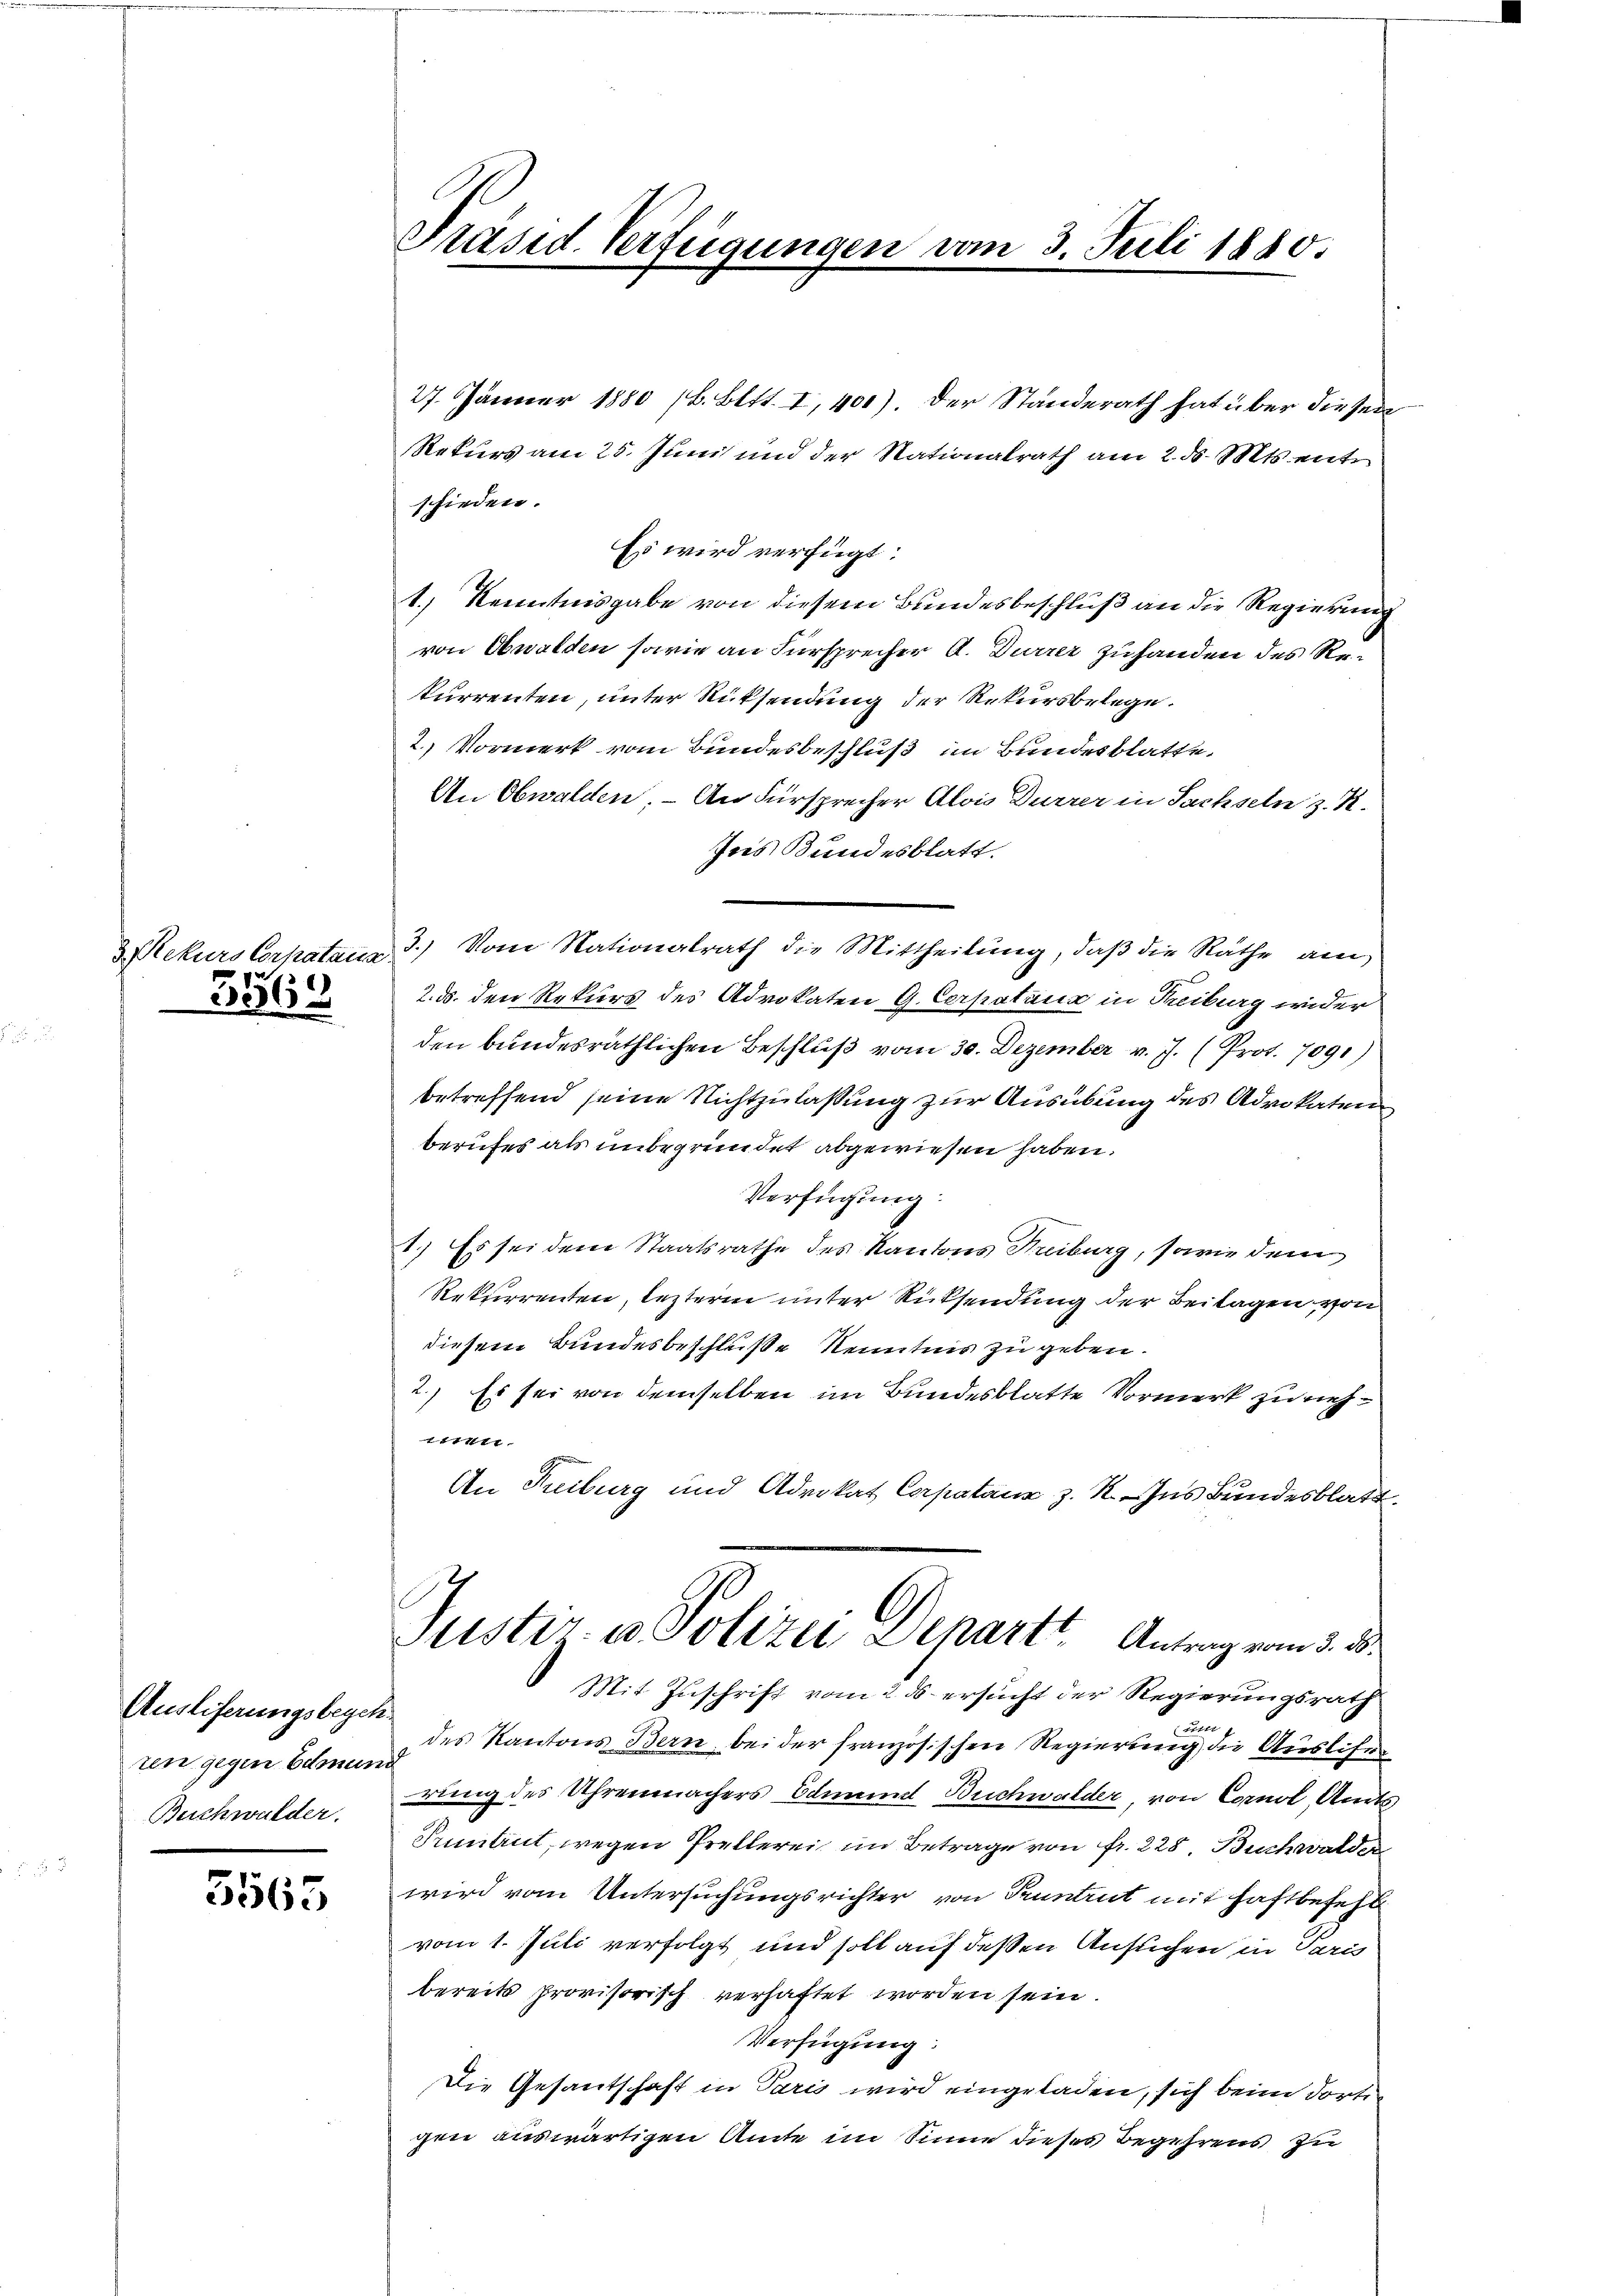
Rekurs Corpataria

3566

Ausliferungsbegehren gegen Edmund
Beichwalder.

5565

Präsid. Verfügungen vom 3. Juli 1880.

27. Jänner 1880 (B. Bett. I, 400) der Standerath hat über diesen
Rekurs am 25. Juni und der Nationalrath am 2. ds. Mts. entr
schieden.
Es wird verfügt:
1.) Kenntnisgabe von diesem Bundesbeschluß an die Regierung
von Obwalden sowie an Fürsprecher A. Durrer Zuhanden des Rekurrenten, unter Rücksendung der Rekursbelege.
2.) Vormerk vom Bundesbeschluß im Bundesblatte.
An Obwalden. – An Fürsprecher Alois Dürrer in Sachseln z. K.
Jns Bundesblatt.
3.) Vom Nationalrath die Mittheilung, daß die Räthe am
2. ds. den Rekurs des Advokaten G. Corpataux in Treiburg wider
den bundesräthlichen Beschluß vom 30. Dezember v. J. (Prot. 7091)
betreffend seine Nichtzulassung zur Ausübung des Advokaten
berufes als unbegründet abgewiesen haben.
Verfügung:
1.) Es sei dem Staatsrathe des Kantons Kreiburg, sowie dem
Rekurrenten, lezteren unter Rücksendung der Beitagen, von
diesem Bundesbeschluße Kenntnis zu geben.
2.) Es sei von demselben im Bundesblatte Vormerk zu nehmen.
An Kiburg und Advokat Casatair z. R. Ins Bundesblatt,
Guster. v. Polizei Depart. Antrag vom 2. 3.
Mit Zuschrift vom 2. ds. ersucht der Regierungsrath
Furr
des Kantons Bern bei der französischen Regierung die Ausliser
rung des Uhrenmachers Edmund Buchwalder, von Comol, Amts
Pentent, wegen Prellerei im Betrage von fr. 228. Buchwalden
wird vom Untersuchungsrichter von Pruntrut mit Haftbefehl
vom 1. Juli verfolgt und soll auf deßen Ansuchen in Paris
bereits provisorisch verhaftet worden sein.
Verfügung:
Die Gesantschaft in Paris wird eingeladen, sich beim dortig
gen auswärtigen Amte im Sinne dieses Begehrens zu